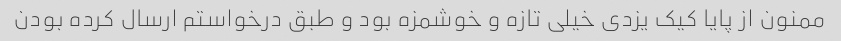
ممنون از پایا کیک یزدی خیلی تازه و خوشمزه بود و طبق درخواستم ارسال کرده بودن